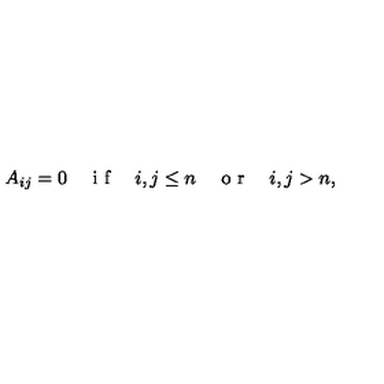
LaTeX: A _ { i j } = 0 \quad \textrm { i f } \quad i , j \le n \quad \textrm { o r } \quad i , j > n ,